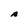
Character: A